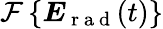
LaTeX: \mathcal{F}\left\{ \boldsymbol{E}_{\mathrm{~r~a~d~}}(t)\right\}